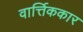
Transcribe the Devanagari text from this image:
वार्त्तिककार